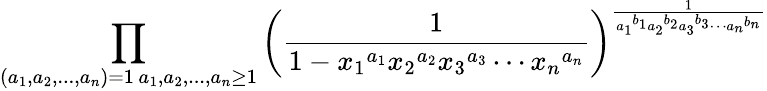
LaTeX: \prod_{\substack{(a_{1},a_{2},...,a_{n})=1\, a_{1},a_{2},...,a_{n}\geq 1}}\left(\frac{1}{1-{x_{1}}^{a_{1}}{x_{2}}^{a_{2}}{x_{3}}^{a_{3}}\cdots{x_{n}}^{a_{n}}}\right)^{\frac{1}{{a_{1}}^{b_{1}}{a_{2}}^{b_{2}}{a_{3}}^{b_{3}}\cdots{a_{n}}^{b_{n}}}}